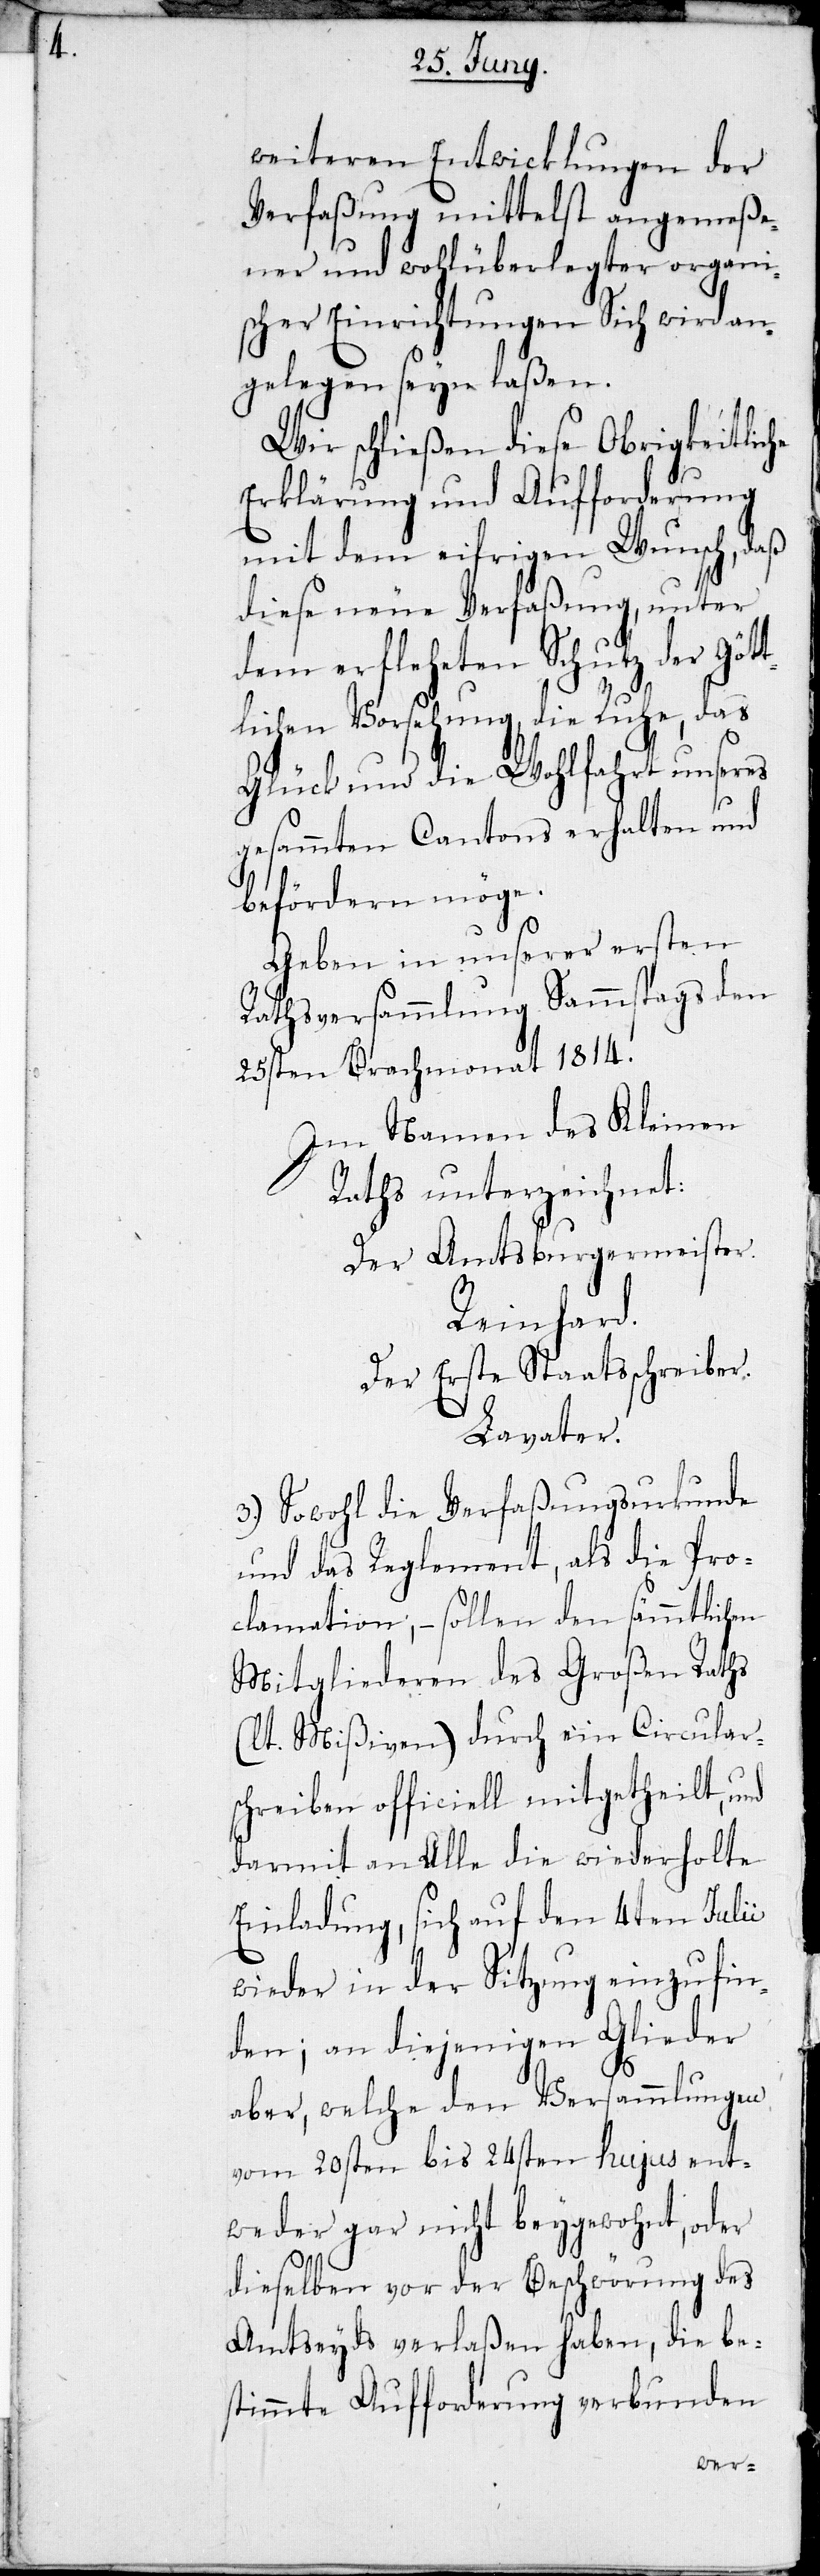
weiteren Entwicklungen der
Verfaßung mittelst angemeße¬
ner und wohlüberlegter organi¬
scher Einrichtungen Sich wird an¬
gelegen seyn laßen.
Wir schließen diese Obrigkeitliche
Erklärung und Aufforderung
mit dem eifrigen Wunsch, daß
diese neue Verfaßung unter
dem erfleheten Schutz der Göt¬
tlichen Vorsehung, die Ruhe, das
Glück und die Wohlfahrt unseres
gesammten Cantons erhalten und
beförderen möge.
Geben in unserer ersten
Rathsversammlung Sammstags den
25sten Brachmonat 1814.
Im Namen des Kleinen
Raths unterzeichnet:
Der Amtsburgermeister.
Reinhard.
Der Erste Staatsschreiber.
Lavater.
3.) Sowohl die Verfaßungsurkunde
und das Reglement, als die Pro¬
clamation, – sollen den sämmtlichen
Mitgliederen des Großen Raths
(lt. Mißiven) durch ein Circular¬
schreiben officiell mitgetheilt, und
darmit an Alle die wiederholte
Einladung, sich auf den 4ten Julii
wieder in der Sitzung einzufin¬
den; an diejenigen Glieder
aber, welche den Versammlungen
vom 20sten bis 24sten hujus ent¬
weder gar nicht beygewohnt, oder
dieselben vor der Beschwörung des
Amtseyds verlaßen haben, die be¬
stimmte Aufforderung verbunden